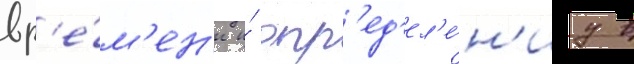
вр'е́м'ен'и и́ опр'ед'ел'е́н'иу в